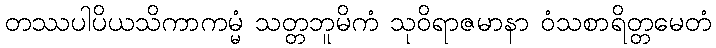
တဿပါပိယသိကာကမ္မံ သတ္တဘူမိကံ သုဝိရာဇမာနာ ဝံသစာရိတ္တမေတံ